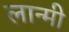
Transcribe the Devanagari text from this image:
लान्मी